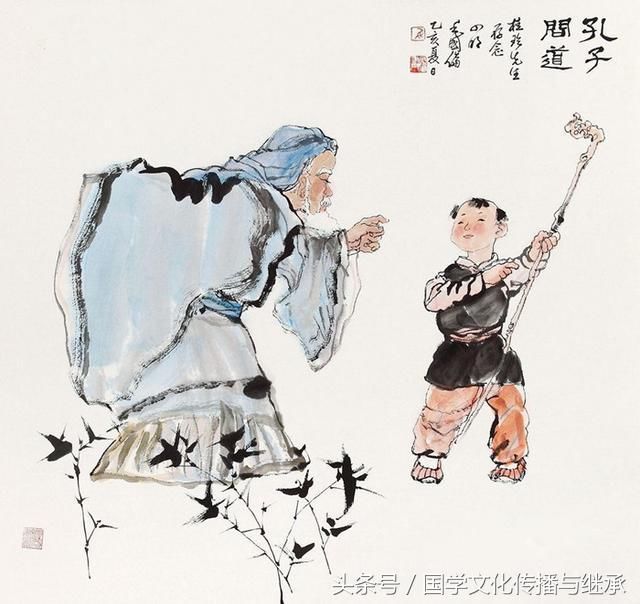
修己而不责人